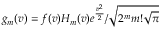
g _ { m } ( v ) = f ( v ) H _ { m } ( v ) e ^ { \frac { v ^ { 2 } } { 2 } } / \sqrt { 2 ^ { m } m ! \sqrt { \pi } }